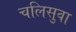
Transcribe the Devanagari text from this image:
चलिसुवा